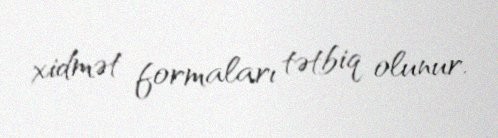
xidmət formaları tətbiq olunur.